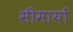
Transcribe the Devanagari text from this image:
सीमायों